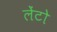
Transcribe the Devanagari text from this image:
लेंटो